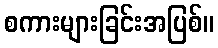
စကားများခြင်းအပြစ်။